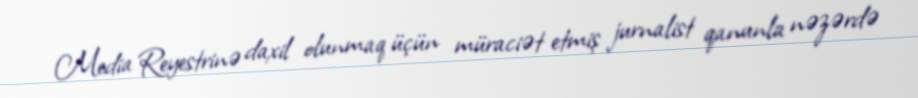
Media Reyestrinə daxil olunmaq üçün müraciət etmiş jurnalist qanunla nəzərdə